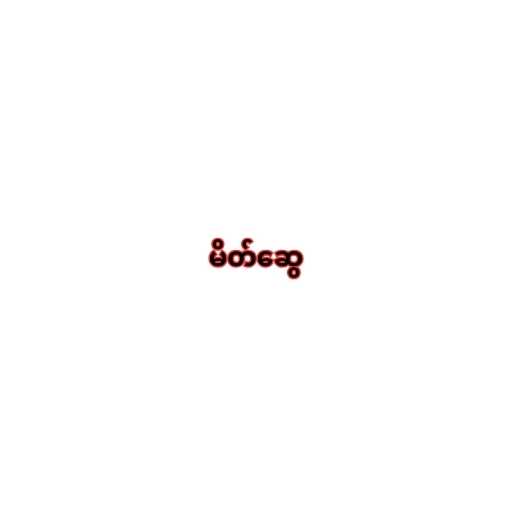
မိတ်ဆွေ